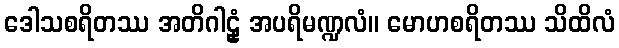
ဒေါသစရိတဿ အတိဂါဠှံ အပရိမဏ္ဍလံ။ မောဟစရိတဿ သိထိလံ